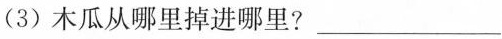
(3)木瓜从哪里掉进哪里？___